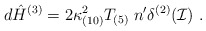
\begin{align*}d {\hat H}^{(3)} = 2\kappa_{(10)}^2 T_{(5)}\; n^\prime \delta^{(2)}({\cal I} )\ .\end{align*}